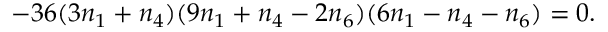
- 3 6 ( 3 n _ { 1 } + n _ { 4 } ) ( 9 n _ { 1 } + n _ { 4 } - 2 n _ { 6 } ) ( 6 n _ { 1 } - n _ { 4 } - n _ { 6 } ) = 0 .